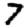
Digit: 7